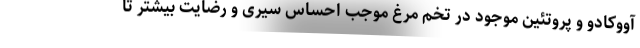
آووکادو و پروتئین موجود در تخم مرغ موجب احساس سیری و رضایت بیشتر تا